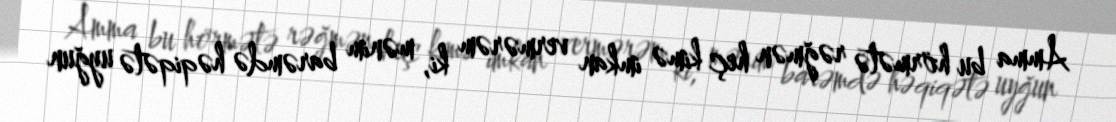
Amma bu hörmətə rəğmən heç kimə imkan vermərəm ki, mənim barəmdə həqiqətə uyğun